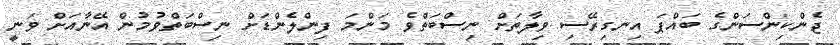
ޖެންކިންސަންގެ ބައްޕަ އިނގިރޭސި ވިލާތަށް ނިސްބަތްވެ މަންމަ ފިންލެންޑަށް ނިސްބަތްވުމުން އޭނާއަށް ވަނީ